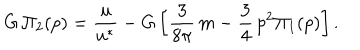
G \, \Pi _ { 2 } ( p ) = \frac { u } { u ^ { * } } - G \left[ \frac { 3 } { 8 \pi } \, m - \frac { 3 } { 4 } \, p ^ { 2 } \Pi _ { 1 } ( p ) \right] .